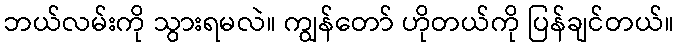
ဘယ်လမ်းကို သွားရမလဲ။ ကျွန်တော် ဟိုတယ်ကို ပြန်ချင်တယ်။